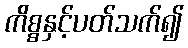
ကိစ္စနှင့်ပတ်သက်၍